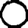
Digit: 0